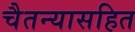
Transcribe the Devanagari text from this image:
चैतन्यासहित